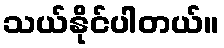
သယ်နိုင်ပါတယ်။